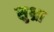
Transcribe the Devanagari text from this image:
सुभ्रा